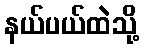
နယ်ပယ်ထဲသို့